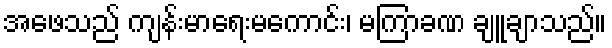
အဖေသည် ကျန်းမာရေးမကောင်း၊ မကြာခဏ ချူချာသည်။